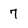
Character: 7